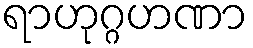
ရာဟုဂ္ဂဟဏာ